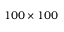
1 0 0 \times 1 0 0